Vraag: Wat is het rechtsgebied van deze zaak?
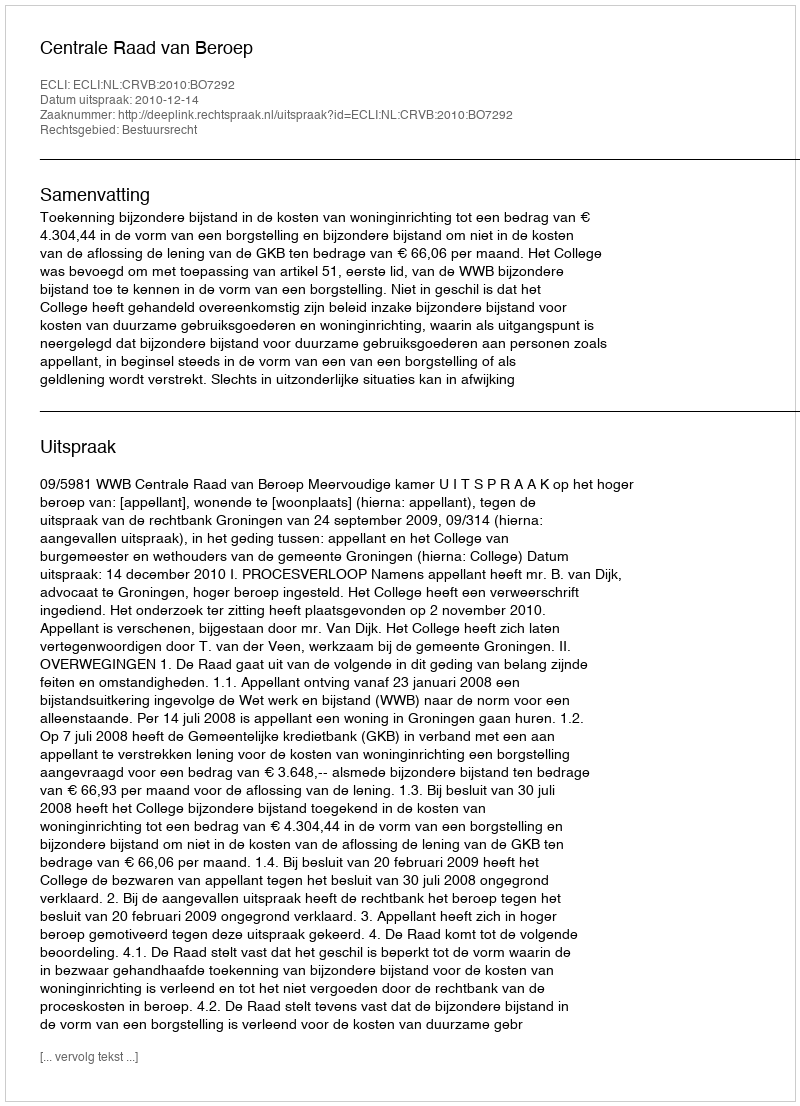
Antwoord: Bestuursrecht